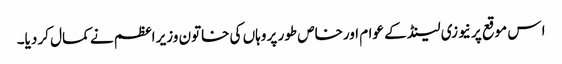
ا س موقع پر نیوزی لینڈ کے عوام اورخاص طور پر وہاں کی خاتون وزیر اعظم نے کمال کر دیا۔